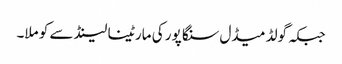
جبکہ گولڈ میڈل سنگا پور کی مارٹینا لینڈ سے کو ملا۔